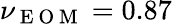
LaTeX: \nu_{\mathrm{~E~O~M~}}=0.87